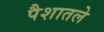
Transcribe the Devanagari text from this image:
पैशातले